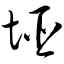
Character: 垭